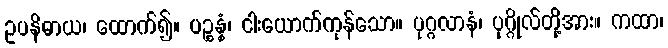
ဥပနိဓာယ၊ ထောက်၍။ ပဉ္စန္နံ၊ ငါးယောက်ကုန်သော။ ပုဂ္ဂလာနံ၊ ပုဂ္ဂိုလ်တို့အား။ ကထာ၊